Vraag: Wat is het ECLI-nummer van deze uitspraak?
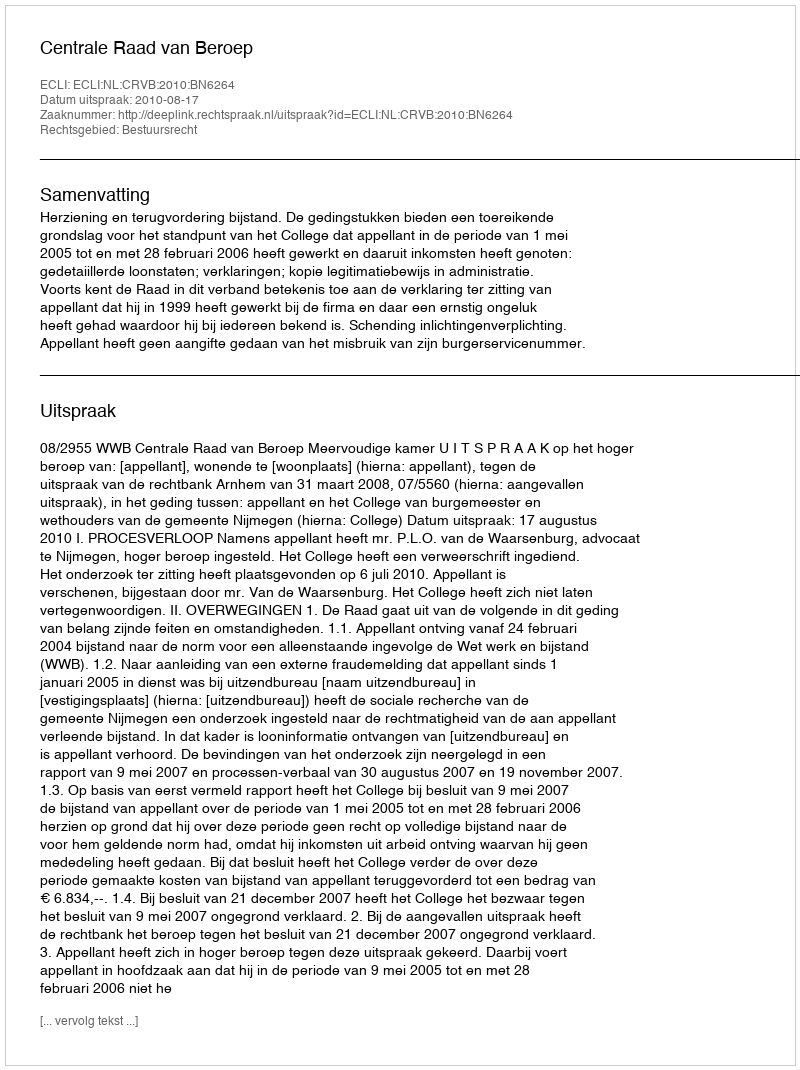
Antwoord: ECLI:NL:CRVB:2010:BN6264